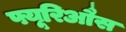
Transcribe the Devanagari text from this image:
फ्यूरिऔस